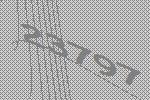
23797